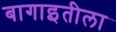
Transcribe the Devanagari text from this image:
बागाइतीला